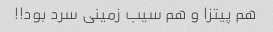
هم پیتزا و هم سیب زمینی سرد بود!!